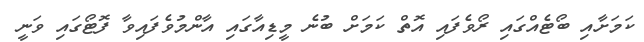
ކަމަށާއި ބޯޓެއްގައި ރޯވެފައި އޮތް ކަމަށް ބުނެ މީޑިއާގައި އާންމުވެފައިވާ ފޮޓޯގައި ވަނީ